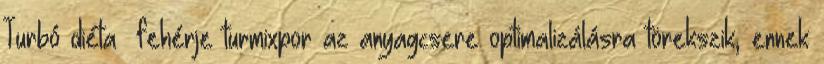
Turbó diéta® fehérje turmixpor az anyagcsere optimalizálásra törekszik, ennek